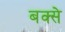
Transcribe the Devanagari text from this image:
बक्‍से